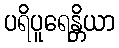
ပရိပူရေန္တိယာ